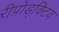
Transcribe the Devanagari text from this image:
रीप्रोड्क्टिव